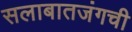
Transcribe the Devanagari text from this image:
सलाबातजंगची